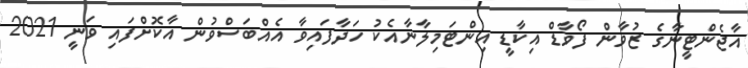
އާޖެންޓީނާގެ ޒުވާން ފޯވާޑް އިކާޑީ އިންޓަމިލާނާއެކު ހަދާފައިވާ އެއްބަސްވުން އާކޮށްފައި ވަނީ 2021